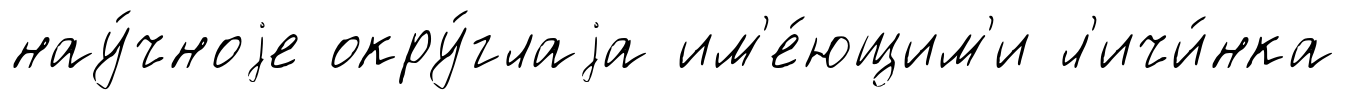
нау́чноjе окру́глаjа им'е́ющим'и л'ичи́нка